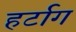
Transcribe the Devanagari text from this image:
हर्टाग